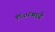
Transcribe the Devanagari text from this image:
१६०२मध्ये